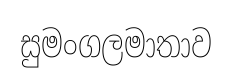
සුමංගලමාතාව